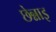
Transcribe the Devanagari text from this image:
छेन्नाइ